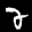
Label: 2